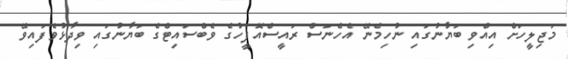
މަޖިލީހަށް އިއްވި ބަޔާނުގައި ނުހިމެނޭ އެހެނަސް ރައީސްއޮފީހުގެ ވެބްސައިޓްގެ ބަޔާނުގައި ވިދާޅުވެފައިވޭ